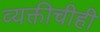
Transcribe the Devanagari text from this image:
व्यक्तीचीही